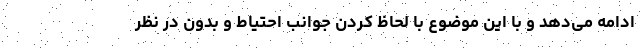
ادامه می‌دهد و با این موضوع با لحاظ کردن جوانب احتیاط و بدون در نظر